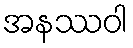
အနဿဝါ